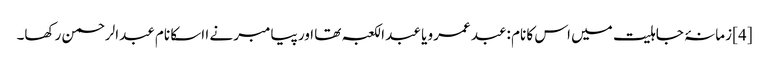
[4] زمانۂ جاہلیت میں اس کا نام :عبد عمرو یا عبد الکعبہ تھا اور پیامبر نے ا اسکا نام عبدالرحمن رکھا۔